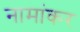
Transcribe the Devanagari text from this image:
नामांकर